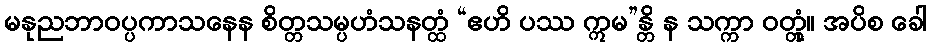
မနုညဘာဝပ္ပကာသနေန စိတ္တသမ္ပဟံသနတ္ထံ “ဧဟိ ပဿ ဣမ”န္တိ န သက္ကာ ဝတ္တုံ။ အပိစ ခေါ